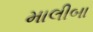
માલીબા